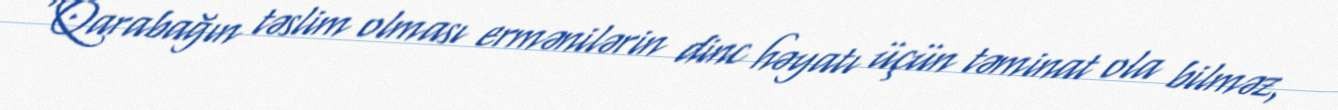
“Qarabağın təslim olması ermənilərin dinc həyatı üçün təminat ola bilməz,